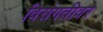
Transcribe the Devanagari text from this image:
विसंगतीवर